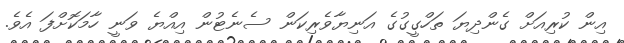
އިން ކުރިއަށް ގެންދިޔަ ތަހްގީގުގެ އަނިޔާވެރިކަން ސެނެޓުން އިއްޔެ ވަނީ ހާމަކޮށްފަ އެވެ.